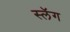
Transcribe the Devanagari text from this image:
स्लॅग